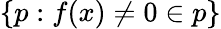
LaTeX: \{ p:f(x)\neq 0\in p\}